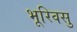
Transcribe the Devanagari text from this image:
भूरिवसु